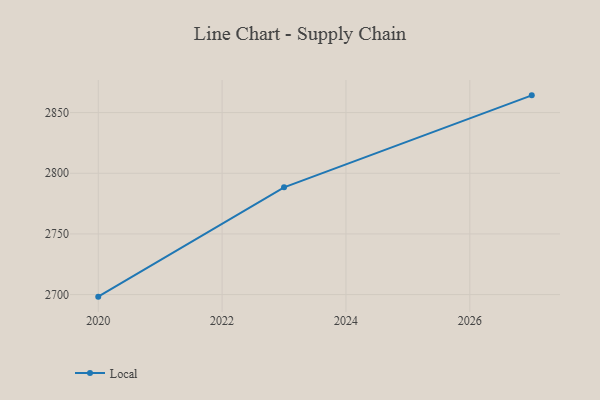
{"axis": {"x": "Year", "y": "Gross Profit (USD K)"}, "legend": ["Local"], "data": [{"x": "2020", "y": 2698.3, "type": "Local"}, {"x": "2023", "y": 2788.4, "type": "Local"}, {"x": "2027", "y": 2864.2, "type": "Local"}]}